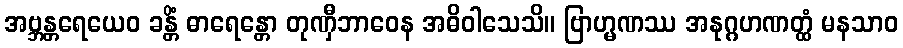
အဗ္ဘန္တရေယေဝ ခန္တိံ ဓာရေန္တော တုဏှီဘာဝေန အဓိဝါသေသိ။ ဗြာဟ္မဏဿ အနုဂ္ဂဟဏတ္ထံ မနသာဝ